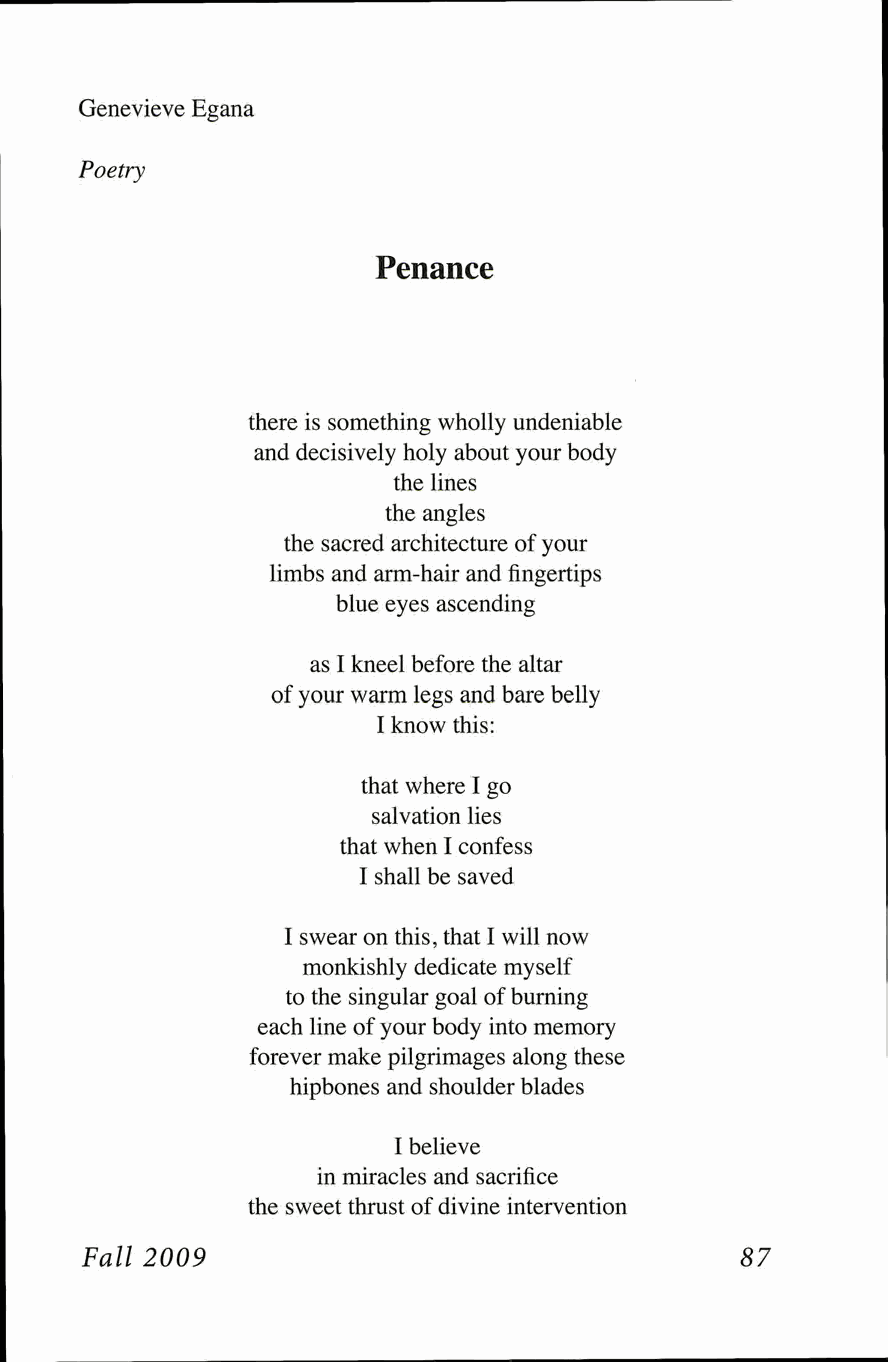
Genevieve Egana
 Poetry
 Penance
 there is something wholly undeniable
 and decisively holy about your body
 the lines
 the angles
 the sacred architecture of your
 limbs and arm-hair and fingertips
 blue eyes ascending
 as I kneel before the altar
 of your warm legs and bare belly
 I know this:
 that where I go
 salvation lies
 that when I confess
 I shall be saved
 I swear on this, that I will now
 monkishly dedicate myself
 to the singular goal of burning
 each line of your body into memory
 forever make pilgrimages along these
 hipbones and shoulder blades
 I believe
 in miracles and sacrifice
 the sweet thrust of divine intervention
 Fall 2009                                   87